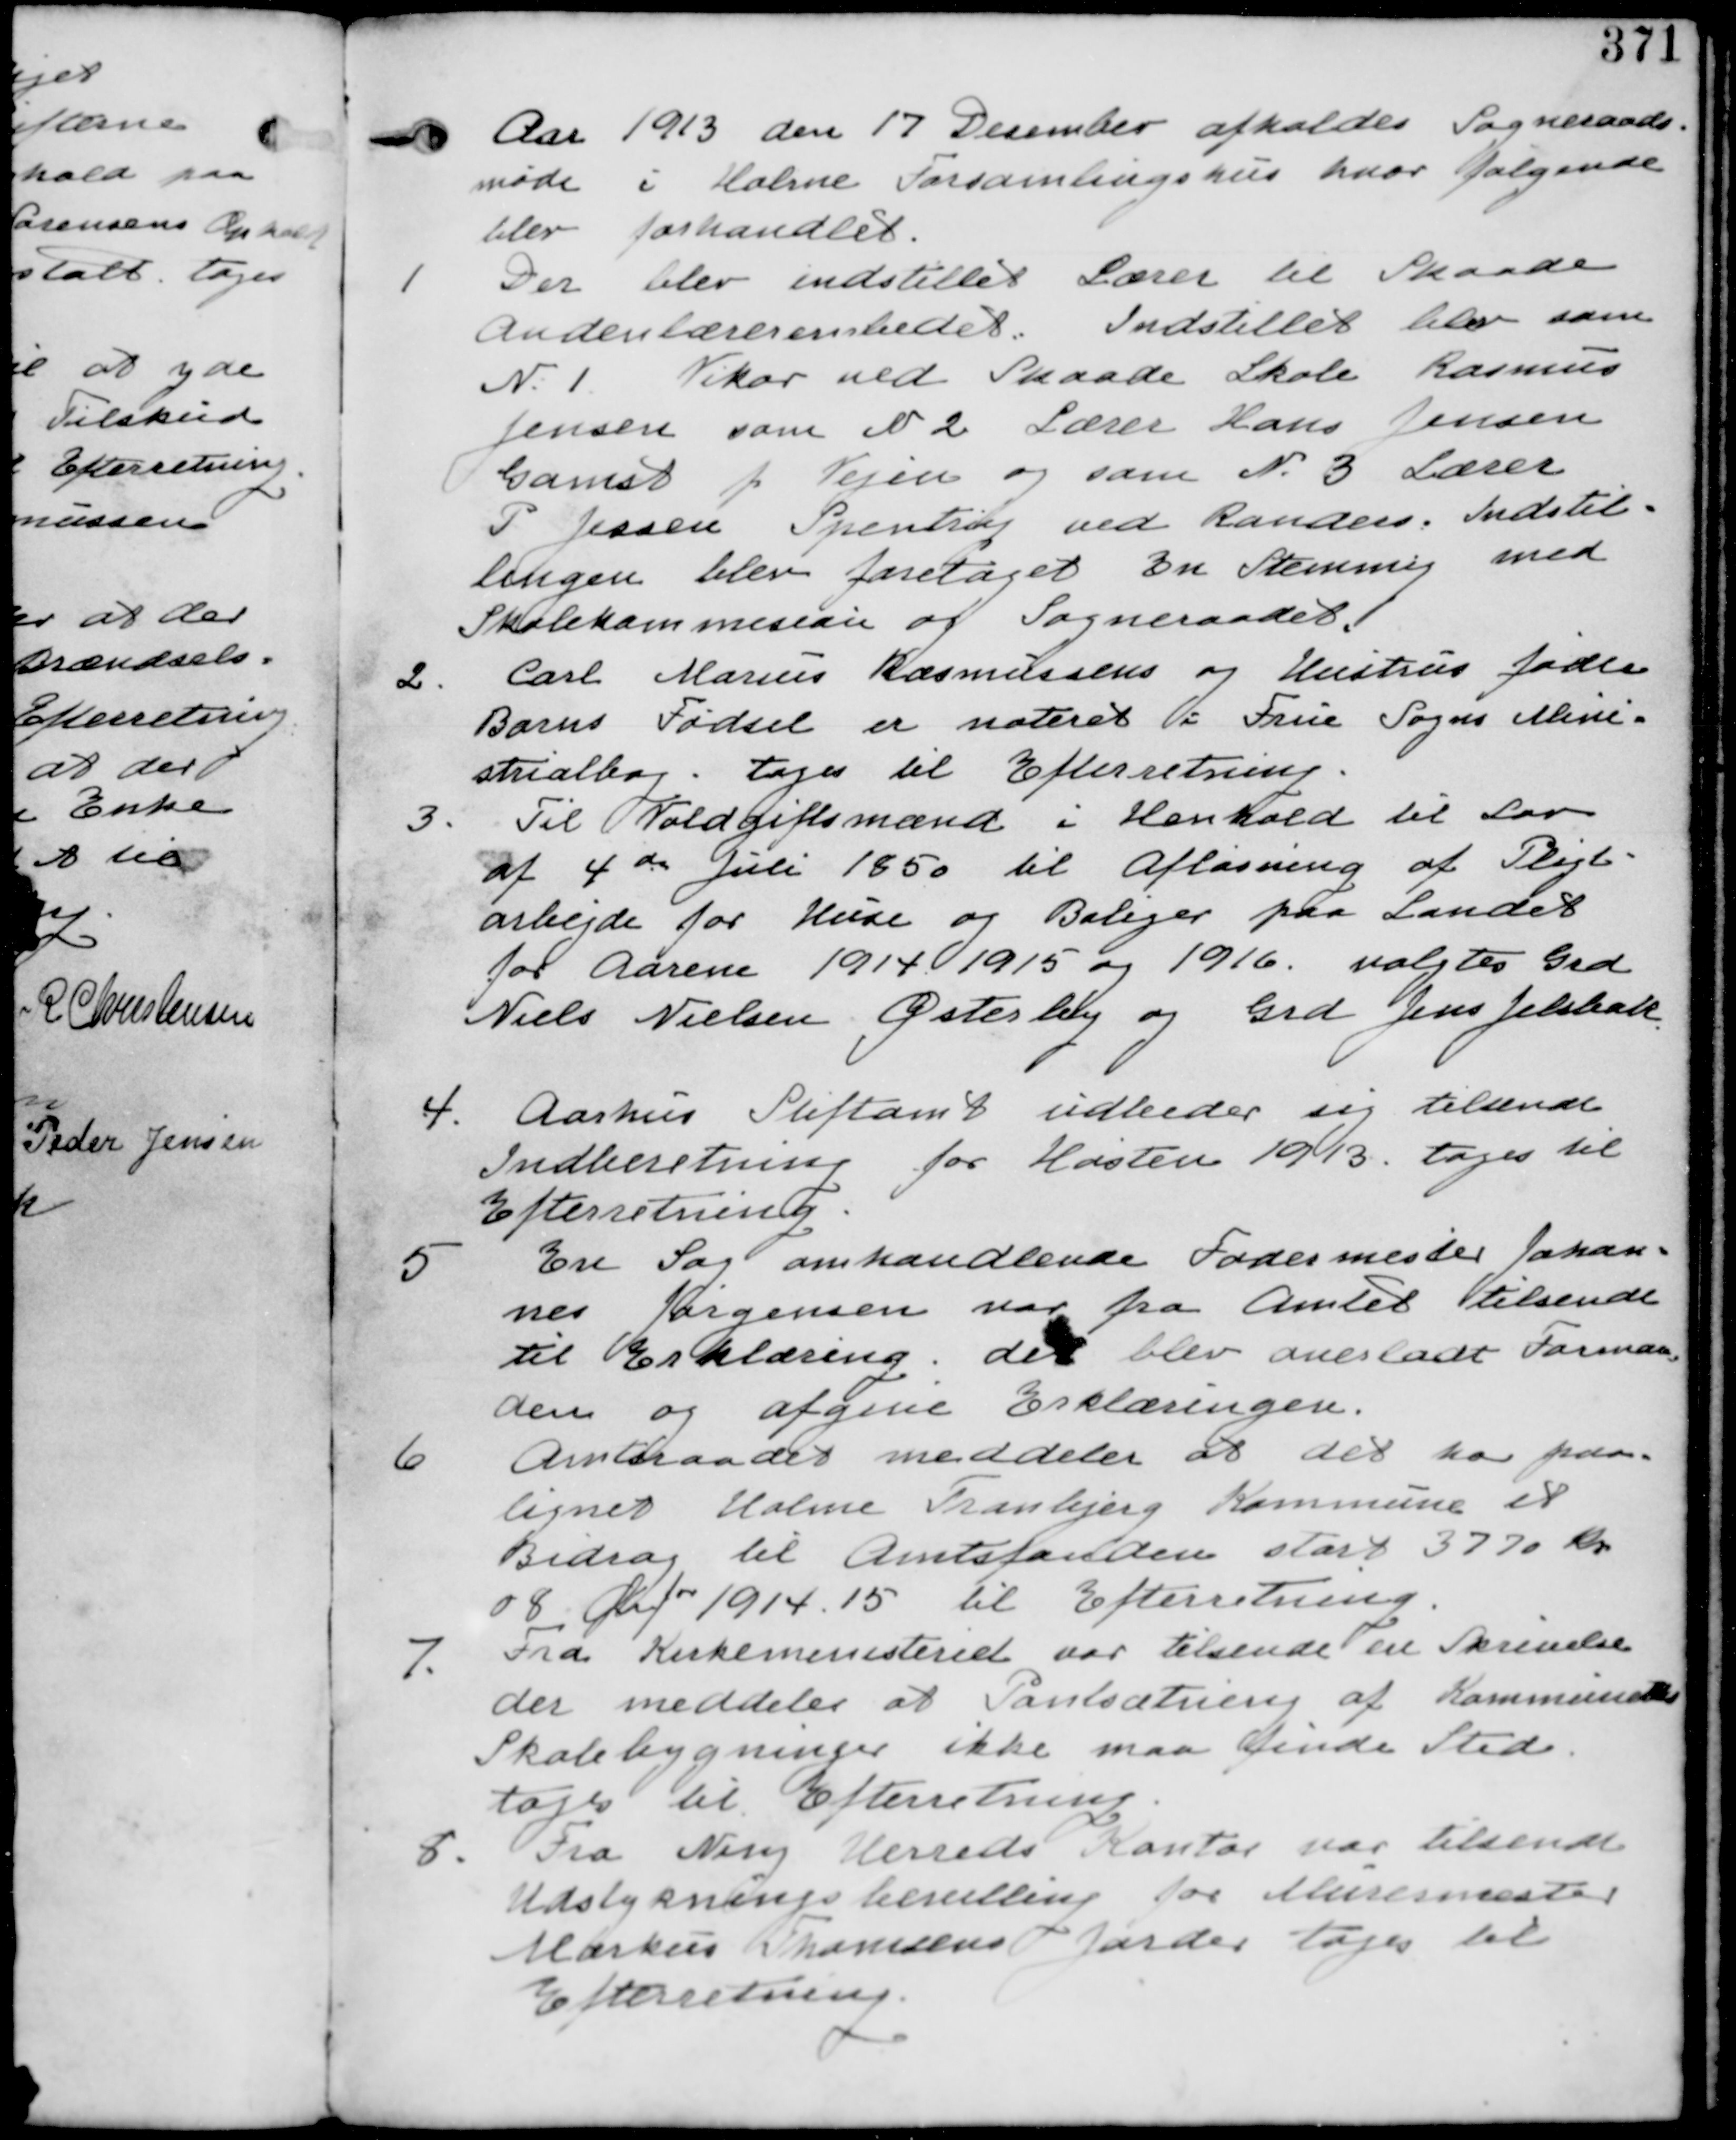
Transskription:
Aar 1913 den 17 December afholdes Sogneraads-
møde i Holme Forsamlingshus hvor følgende
blev forhandlet.

1 Der blev indstillet Lærer til Skaade
Andenlærerembedet. Indstillet blev som
Nr. 1 Vikar ved Skaade Skole Rasmus
Jensen som N. 2 Lærer Hans Jensen
Gamst f. Vejen og som N. 3 Lærer
P Jessen Spendrup ved Randers. Indstil-
lingen blev foretaget En Stemmig med
Skolekommision og Sogneraadet.

2. Carl Marius Rasmussens og Hustru fødte
Barns Fødsel er noteret i Frue Sogns Mini-
strialbog. tages til Efterretning.

3. Til Voldgiftsmænd i Henhold til Lov
af 4 de Juli 1850 til Afløsning af Pligt-
arbejde for Huse og Boliger paa Landet
for Aarene 1914, 1915 og 1916. valgtes Grd
Niels Nielsen Østerby og Grd Jens Jelsbak.

4. Aarhus Stiftamt udbeder sig tilsendte
Indberetning for Høsten 1913. tages til
Efterretning.

5 En Sag omhandlende Fodermester Johan-
nes Jørgensen var fra Amtet tilsendt
til Erklæring. det blev overladt Formand-
den og afgive Erklæringen.

6 Amtsraadet meddeler at det har paa-
lignet Holme Tranbjerg Kommune et
Bidrag til Amtsfonden stort 3770 Kr
08 Øre for 1914-15 til Efterretning.

7. Fra Kirkeministeriet var tilsendt en Skrivelse
der meddeler at Pantsætning af Kommunens
Skolebygninger ikke maa finde Sted.
tages til Efterretning

8. Fra Ning Herreds Kontor var tilsendt
Udstykningsbevilling for Murermester
Markus Thomsens Jorder tages til
Efterretning.